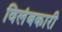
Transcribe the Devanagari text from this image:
विलंबकारी